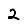
Digit: 2